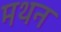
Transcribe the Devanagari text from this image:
मथन